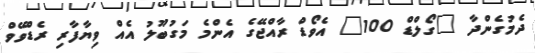
ދެމުގެންދާ "ގޯލްޑް 100" އެވޯޑް ރާއްޖޭގެ އެންމެ މަގުބޫލު އެއް ވިޔާފާރި ރެޑްވޭވް